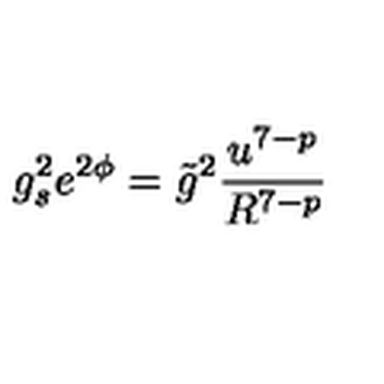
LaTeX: g _ { s } ^ { 2 } e ^ { 2 \phi } = \tilde { g } ^ { 2 } \frac { u ^ { 7 - p } } { R ^ { 7 - p } }